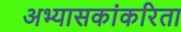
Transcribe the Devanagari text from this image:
अभ्यासकांकरिता